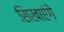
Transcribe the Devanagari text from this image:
सिखाएंगे